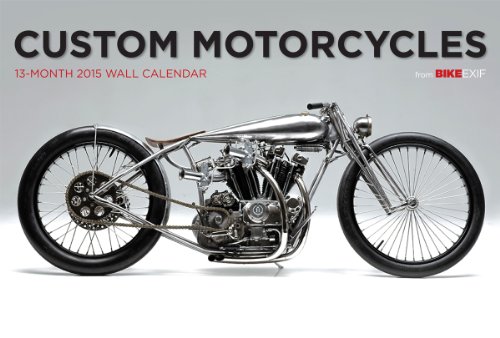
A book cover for Bike EXIF Custom Motorcycle Calendar 2015 (Multilingual Edition); Chris Hunter; Calendars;